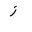
Letter: _zay